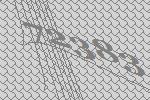
72383